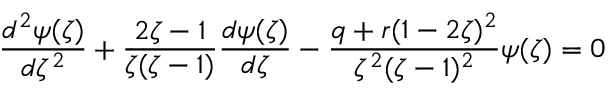
\frac { d ^ { 2 } \psi ( \zeta ) } { d \zeta ^ { 2 } } + \frac { 2 \zeta - 1 } { \zeta ( \zeta - 1 ) } \frac { d \psi ( \zeta ) } { d \zeta } - \frac { q + r ( 1 - 2 \zeta ) ^ { 2 } } { \zeta ^ { 2 } ( \zeta - 1 ) ^ { 2 } } \psi ( \zeta ) = 0